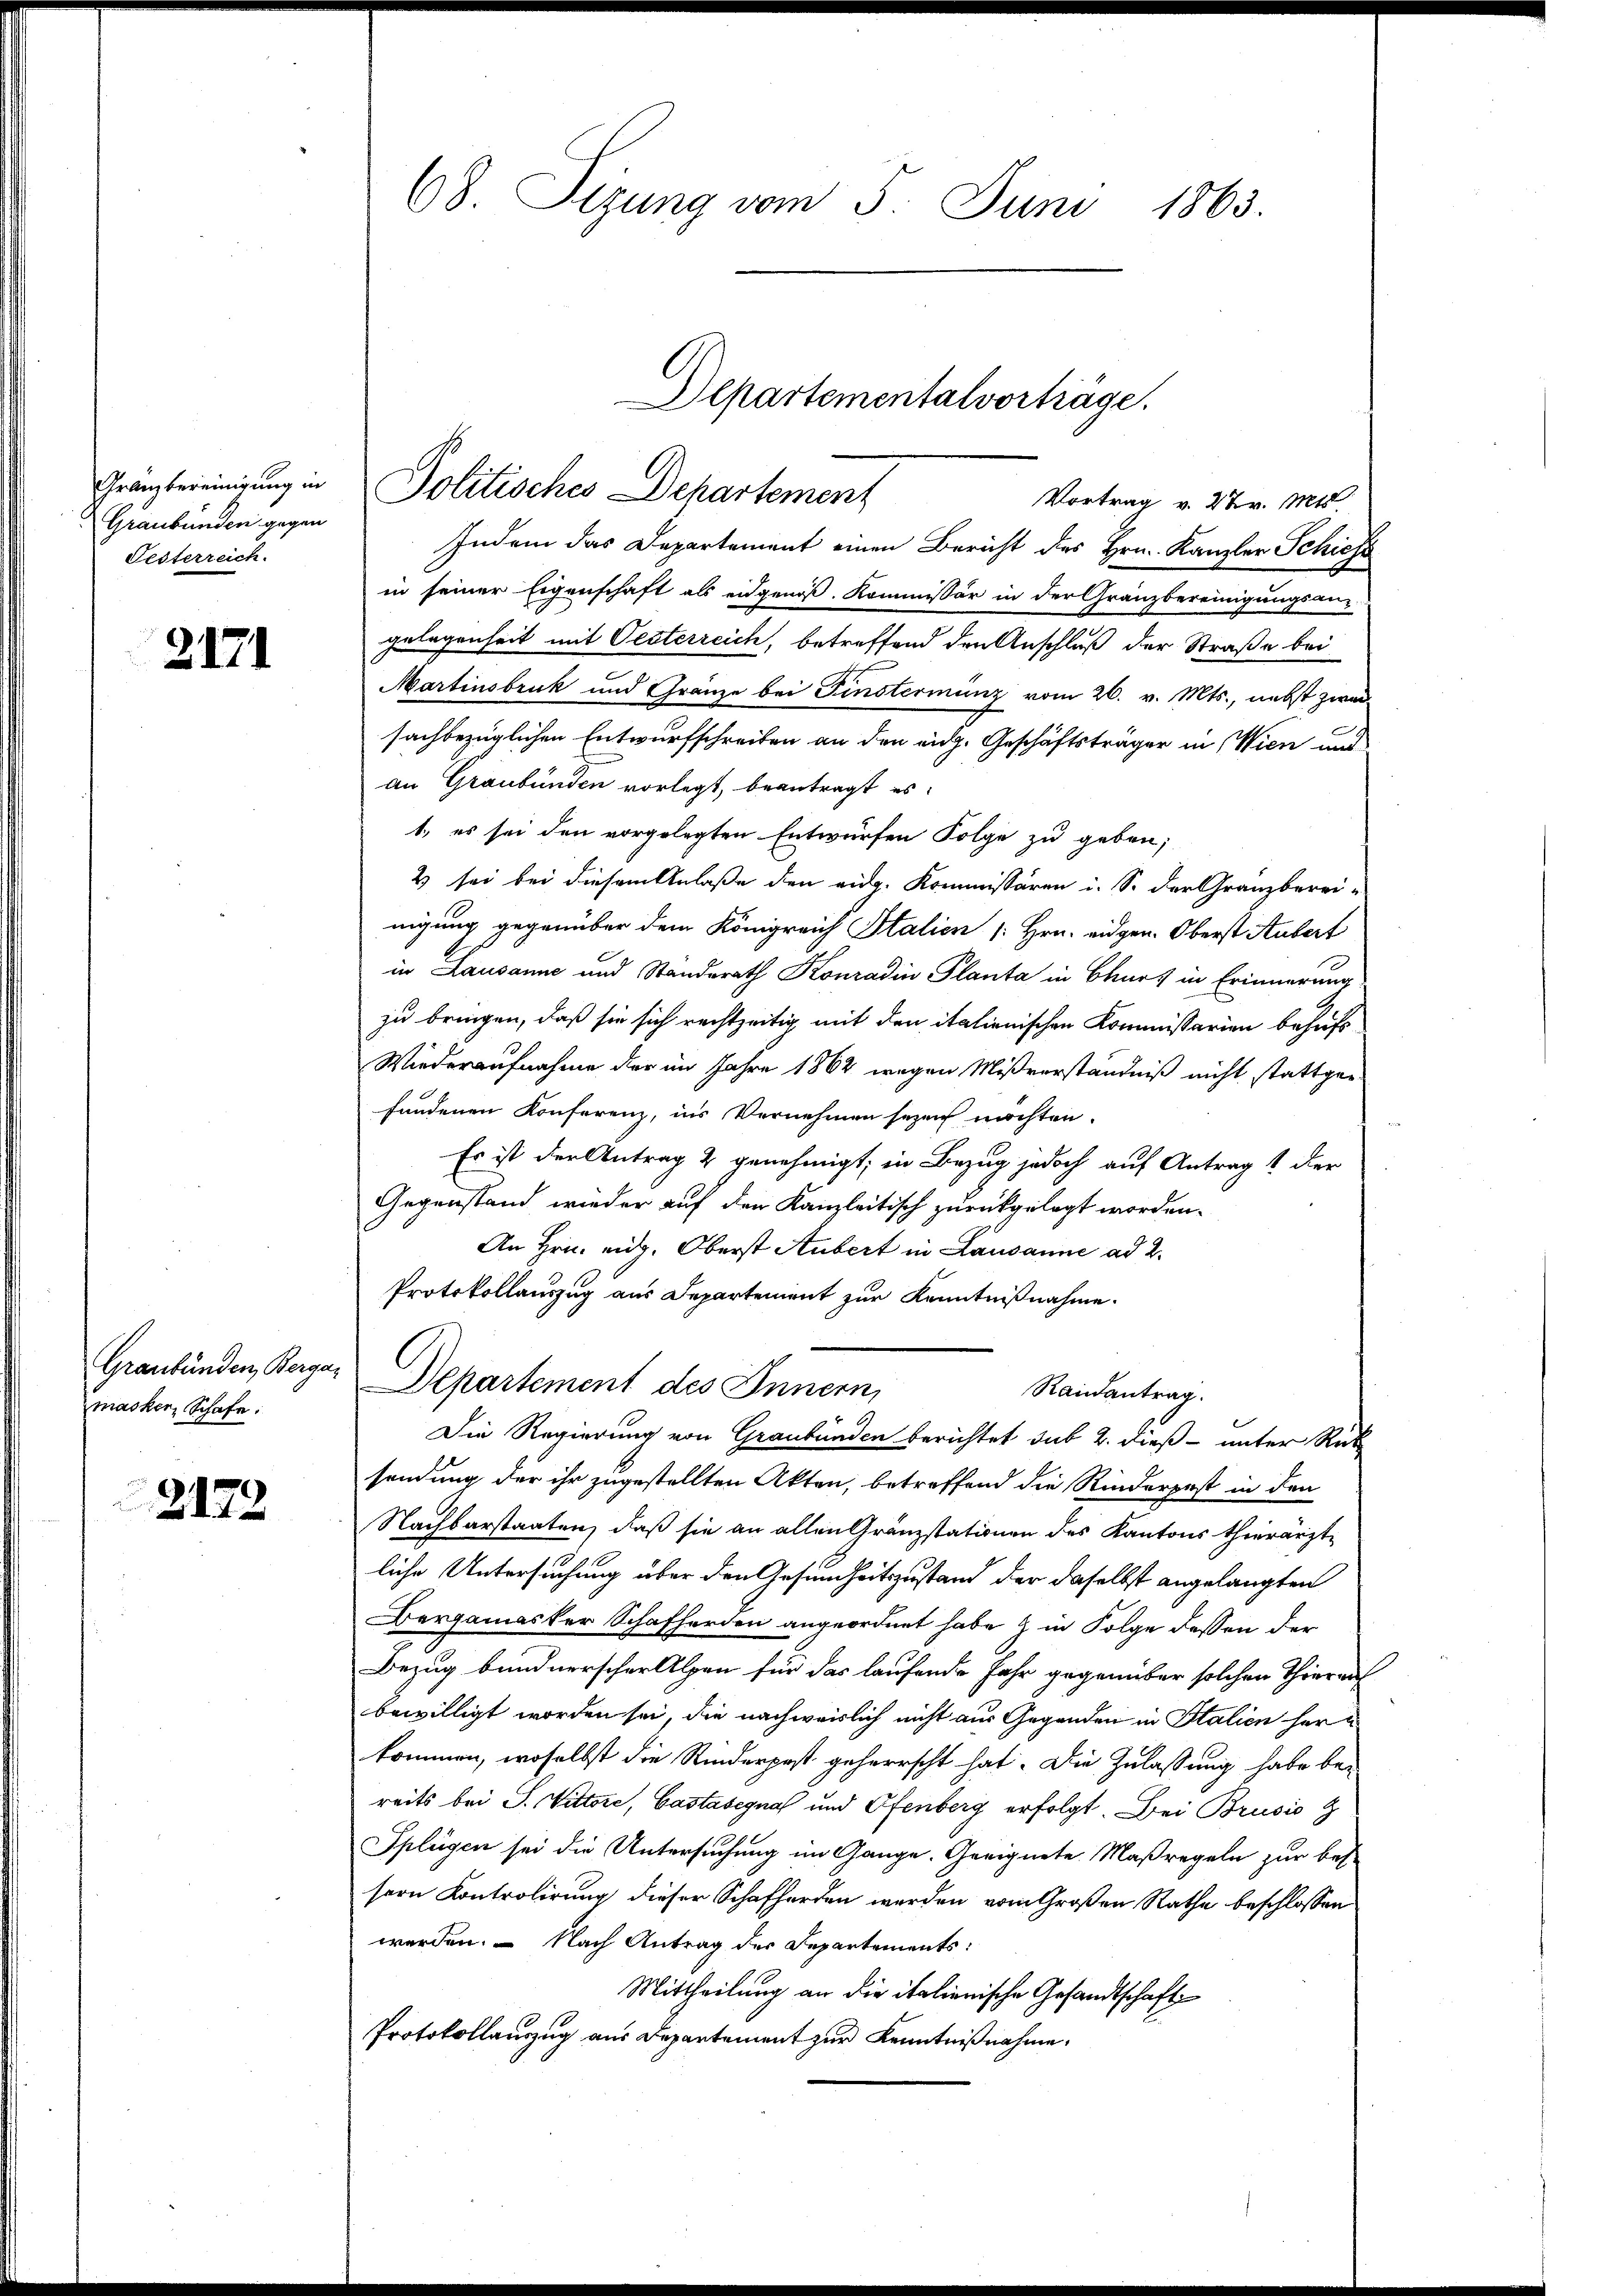
Granz bereinigung in
Graubünden gegen
Festerreich.

2171

Graubünden, Berga
masker, Schafe:

2172

68. Sizung vom 5. Juni 1863.

Departementalverträge.
Politisches Departement
Vortrag v. 27. v. Mts.

Indem das Departement einen Bericht des Hrn. Kanzler Schiess
in seiner Eigenschaft als eidgenöß. Kommissär in der Granzbereinigungsan-
gelegenheit mit Pecterreich, betreffend den Anschluß der Straße bei
Martinsbruk und Gränze bei Finstermanz vom 26. v. Mts., nebst zwai
sachbezüglichen Entwurfschreiben an den eidg. Geschäftsträger in Wien und
an Graubünden vorlegt, beantragt es:
1., es sei den vorgelegten Entwürfen Folge zu geben;
2 sei bei diesem Anlaße den eidg. Kommissären i. S. der Granzberei-
nigung gegenüber dem Königreich Italien [Hrn. eidgen. Oberst Aubert
in Lausanne und Standerath Konradin Planta in Churs in Erinnerung
zu bringen, daß sie sich rechtzeitig mit den italienischen Kommissarien behufs
Wiederaufnahme der im Jahre 1862 wegen Mißverständniß nicht stattgefundenen Konferenz, ins Vernehmen sezeit möchten.
Es ist der Antrag & genehmigt; in Bezug jedoch auf Antrag 1 der
Gegenstand wieder auf den Kanzleitisch zurückgelegt worden.
An Hrn. mit. Oberst Aubert in Lausanne ad 2.
Protokollauszug aus Departement zur Kenntnißnahme.
Departement des Innern,
Randantrag.
Die Regierung von Graubünden berichtet sub 2. dieß unter Rück
sendung der ihr zugestellten Akten, betreffend die Rinderpest in den
Nachbarstaaten, daß sie an allen Gränzstationen des Kantons thierärztliche Untersuchung über den Gesundheitszustand der daselbst angelangten
Bergamasker Schafherden angeordnet habe & in Folge dessen der
Bezug bundnerscher Alpen für das laufende Jahr gegenüber solchen Thierauf
bewilligt worden sei, die nachweislich nicht aus Gegenden in Italien herkommen, woselbst die Rinderpest geherrscht hat. Die Zulassung habe be-
reits bei S. Vittore, Castasignal und Ofenberg erfolgt. Bei Brusio Z
Splügen sei die Untersuchung im Gange. Geeignete Maßregeln zur bes
sern Kontrolirung dieser Schafherden werden vom Großen Rathe beschlossen
werden. – Nach Antrag des Departements:
Mittheilung an die italienische Gesandtschaft
Protokollauszug aus Departement zur Kenntnißnahme.